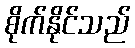
စိုက်နိုင်သည်